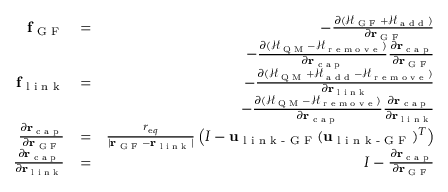
\begin{array} { r l r } { { \bf f } _ { \textrm { G F } } } & { = } & { - \frac { \partial ( \mathscr { H } _ { \textrm { G F } } + \mathscr { H } _ { \textrm { a d d } } ) } { \partial { \bf r } _ { \textrm { G F } } } } \\ & { } & { - \frac { \partial ( \mathscr { H } _ { \textrm { Q M } } - \mathscr { H } _ { \textrm { r e m o v e } } ) } { \partial { \bf r } _ { \textrm { c a p } } } \frac { \partial { \bf r } _ { \textrm { c a p } } } { \partial { \bf r } _ { \textrm { G F } } } } \\ { { \bf f } _ { \textrm { l i n k } } } & { = } & { - \frac { \partial ( \mathscr { H } _ { \textrm { Q M } } + \mathscr { H } _ { \textrm { a d d } } - \mathscr { H } _ { \textrm { r e m o v e } } ) } { \partial { \bf r } _ { \textrm { l i n k } } } } \\ & { } & { - \frac { \partial ( \mathscr { H } _ { \textrm { Q M } } - \mathscr { H } _ { \textrm { r e m o v e } } ) } { \partial { \bf r } _ { \textrm { c a p } } } \frac { \partial { \bf r } _ { \textrm { c a p } } } { \partial { \bf r } _ { \textrm { l i n k } } } } \\ { \frac { \partial { \bf r } _ { \textrm { c a p } } } { \partial { \bf r } _ { \textrm { G F } } } } & { = } & { \frac { r _ { { \textrm e q } } } { | { \bf r } _ { \textrm { G F } } - { \bf r } _ { \textrm { l i n k } } | } \left( I - { \bf u } _ { \textrm { l i n k - G F } } ( { \bf u } _ { \textrm { l i n k - G F } } ) ^ { T } \right) } \\ { \frac { \partial { \bf r } _ { \textrm { c a p } } } { \partial { \bf r } _ { \textrm { l i n k } } } } & { = } & { I - \frac { \partial { \bf r } _ { \textrm { c a p } } } { \partial { \bf r } _ { \textrm { G F } } } } \end{array}